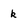
Character: k